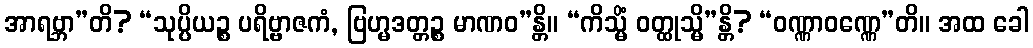
အာရဗ္ဘာ”တိ? “သုပ္ပိယဉ္စ ပရိဗ္ဗာဇကံ, ဗြဟ္မဒတ္တဉ္စ မာဏဝ”န္တိ။ “ကိသ္မိံ ဝတ္ထုသ္မိ”န္တိ? “ဝဏ္ဏာဝဏ္ဏေ”တိ။ အထ ခေါ